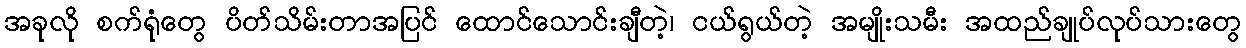
အခုလို စက်ရုံတွေ ပိတ်သိမ်းတာအပြင် ထောင်သောင်းချီတဲ့၊ ငယ်ရွယ်တဲ့ အမျိုးသမီး အထည်ချုပ်လုပ်သားတွေ